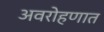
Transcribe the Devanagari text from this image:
अवरोहणात